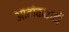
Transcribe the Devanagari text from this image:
आतांकवादी